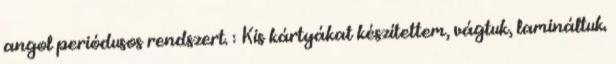
angol periódusos rendszert. : Kis kártyákat készítettem, vágtuk, lamináltuk.